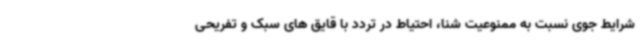
شرایط جوی نسبت به ممنوعیت شنا، احتیاط در تردد با قایق های سبک و تفریحی